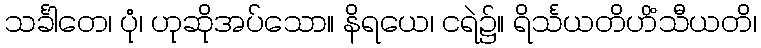
သင်္ခါတေ၊ ပုံ၊ ဟုဆိုအပ်သော။ နိရယေ၊ ငရဲ၌။ ရိင်္သယတိဟိံသီယတိ၊